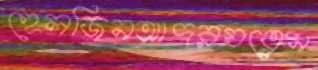
হেলজিনআদরযত্নেম